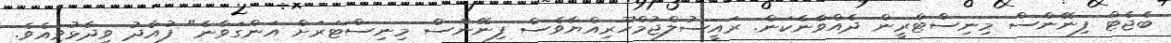
ބެޖެޓް ފިނޭންސް މިނިސްޓްރީން ދެއްވާނެކަން. ރައީސުލްޖުމްހޫރިއްޔާވެސް ފިނޭންސް މިނިސްޓަރަށް އަންގަވާނެ" ފުއާދު ވިދާޅުވިއެވެ.